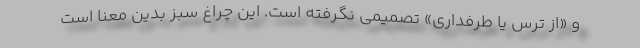
و «از ترس یا طرفداری» تصمیمی نگرفته است. این چراغ سبز بدین معنا است